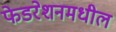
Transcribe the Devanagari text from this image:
फेडरेशनमधील